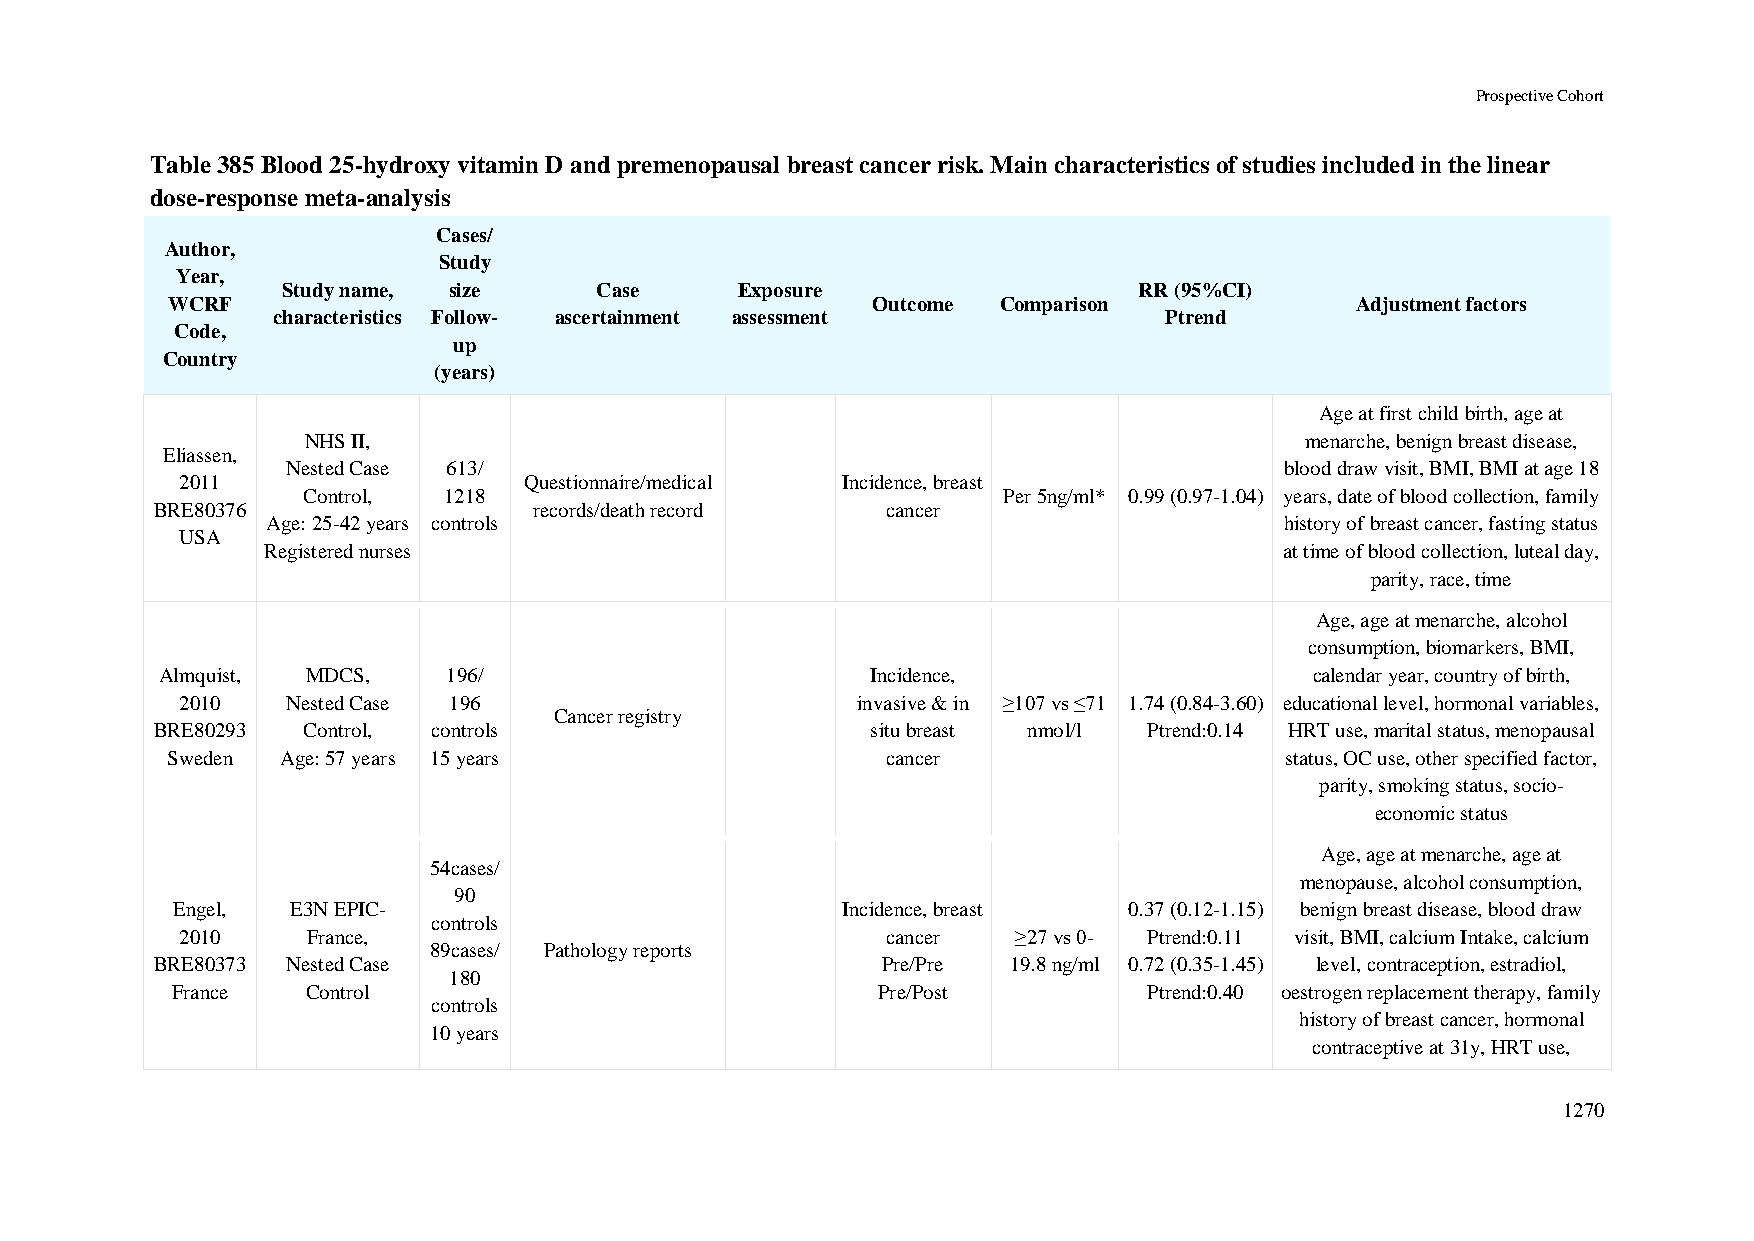
Prospective Cohort
 Table 385 Blood 25-hydroxy vitamin D and premenopausal breast cancer risk. Main characteristics of studies included in the linear
 dose-response meta-analysis
 Cases/
 Author,
 Study
 Year,
 Study name, size    Case      Exposure                  RR (95%CI)
 WCRF                                           Outcome Comparison              Adjustment factors
 characteristics Follow- ascertainment assessment           Ptrend
 Code,
 up
 Country
 (years)
 Age at first child birth, age at
 NHS II,                                                           menarche, benign breast disease,
 Eliassen,
 Nested Case 613/                                                  blood draw visit, BMI, BMI at age 18
 2011                   Questionnaire/medical Incidence, breast
 Control, 1218                                 Per 5ng/ml* 0.99 (0.97-1.04) years, date of blood collection, family
 BRE80376                 records/death record    cancer
 Age: 25-42 years controls                                          history of breast cancer, fasting status
 USA
 Registered nurses                                                   at time of blood collection, luteal day,
 parity, race, time
 Age, age at menarche, alcohol
 consumption, biomarkers, BMI,
 Almquist, MDCS,    196/                        Incidence,                   calendar year, country of birth,
 2010   Nested Case 196                       invasive & in ≥107 vs ≤71 1.74 (0.84-3.60) educational level, hormonal variables,
 Cancer registry
 BRE80293  Control, controls                     situ breast nmol/l Ptrend:0.14 HRT use, marital status, menopausal
 Sweden  Age: 57 years 15 years                  cancer                    status, OC use, other specified factor,
 parity, smoking status, socio-
 economic status
 Age, age at menarche, age at
 54cases/
 menopause, alcohol consumption,
 90
 Engel,  E3N EPIC-                            Incidence, breast  0.37 (0.12-1.15) benign breast disease, blood draw
 controls
 2010    France,                                cancer  ≥27 vs 0- Ptrend:0.11 visit, BMI, calcium Intake, calcium
 89cases/ Pathology reports
 BRE80373 Nested Case                            Pre/Pre  19.8 ng/ml 0.72 (0.35-1.45) level, contraception, estradiol,
 180
 France   Control                               Pre/Post          Ptrend:0.40 oestrogen replacement therapy, family
 controls
 history of breast cancer, hormonal
 10 years
 contraceptive at 31y, HRT use,
 1270